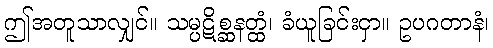
ဤအတူသာလျှင်။ သမ္ပဋိစ္ဆနတ္ထံ၊ ခံယူခြင်းငှာ။ ဥပဂတာနံ၊